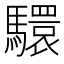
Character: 𩦮